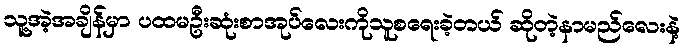
သူ့အဲ့အချိန်မှာ ပထမဦးဆုံးစာအုပ်လေးကိုသူစရေးခဲ့တယ် ဆိုတဲ့နာမည်လေးနဲ့